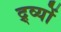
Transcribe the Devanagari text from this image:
द्र्व्यों